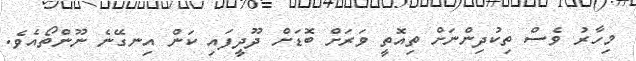
މިހާރު ވެސް ތިކުދިންނަށް ތިއޮތީ ވަރަށް ބޮޑަށް ދޫދީފައި ކަން އިނގޭނެ ނޫންތޯއެވެ.